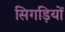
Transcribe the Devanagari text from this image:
सिगड़ियों